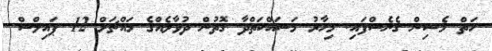
ހަތް މެޝިން ގެނެސްފައި. މިހާރު މަސައްކަތްދާ ގޮތުން ދުވާލެއްގެ މައްޗަށް 12 ޕައިލްސް